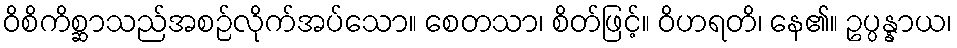
ဝိစိကိစ္ဆာသည်အစဉ်လိုက်အပ်သော။ စေတသာ၊ စိတ်ဖြင့်။ ဝိဟရတိ၊ နေ၏။ ဥပ္ပန္နာယ၊